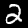
Label: 2